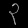
Digit: ၃